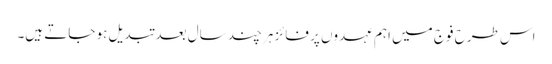
اس طرح فوج میں اہم عہدوں پر فائز ہر چند سال بعد تبدیل ہو جاتے ہیں۔